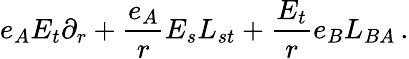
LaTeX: e_{A}E_{t}\partial_{r}+\frac{e_{A}}{r}E_{s}L_{st}+\frac{E_{t}}{r}e_{B}L_{BA}\, .